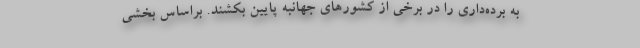
به برده‌داری را در برخی از کشورهای جهانبه پایین بکشند. براساس بخشی